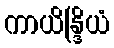
ကာယိန္ဒြိယံ